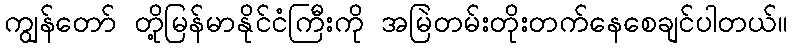
ကျွန်တော် တို့မြန်မာနိုင်ငံကြီးကို အမြဲတမ်းတိုးတက်နေစေချင်ပါတယ်။